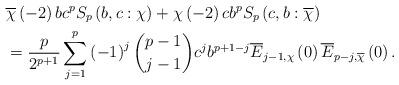
LaTeX: \begin{align*}& \overline{\chi}\left( -2\right) bc^{p}S_{p}\left( b,c:\chi\right)+\chi\left( -2\right) cb^{p}S_{p}\left( c,b:\overline{\chi}\right) \\& =\frac{p}{2^{p+1}}\sum\limits_{j=1}^{p}\left( -1\right) ^{j}\binom{p-1}{j-1}c^{j}b^{p+1-j}\overline{E}_{j-1,\chi}\left( 0\right) \overline{E}_{p-j,\overline{\chi}}\left( 0\right) .\end{align*}